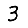
Digit: 3